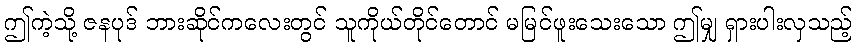
ဤကဲ့သို့ ဇနပုဒ် ဘားဆိုင်ကလေးတွင် သူကိုယ်တိုင်တောင် မမြင်ဖူးသေးသော ဤမျှ ရှားပါးလှသည့်